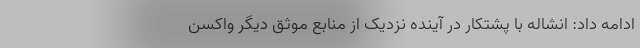
ادامه داد: انشاله با پشتکار در آینده نزدیک از منابع موثق دیگر واکسن